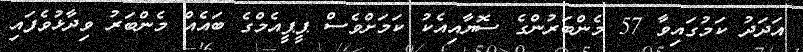
އަދަދު ކަމުގައިވާ 57 މެންބަރުންގެ ސޮޔާއިއެކު ކަމަށްވެސް ޕީޕީއެމްގެ ބައެއް މެންބަރު ވިދާޅުވެފައި